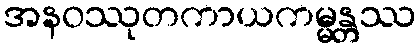
အနဝဿုတကာယကမ္မန္တဿ